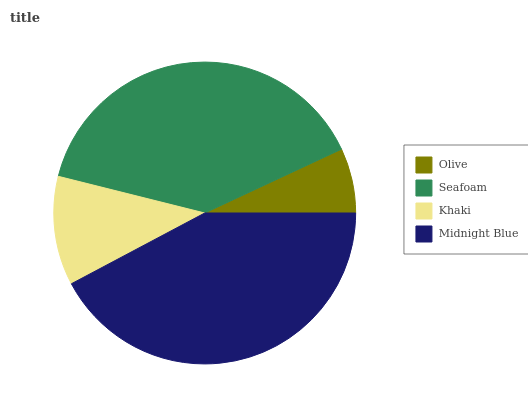
| Olive | Seafoam | Khaki | Midnight Blue |
 | --- | --- | --- | --- |
 | 6.96% | 39.2% | 11.7% | 42.2% |